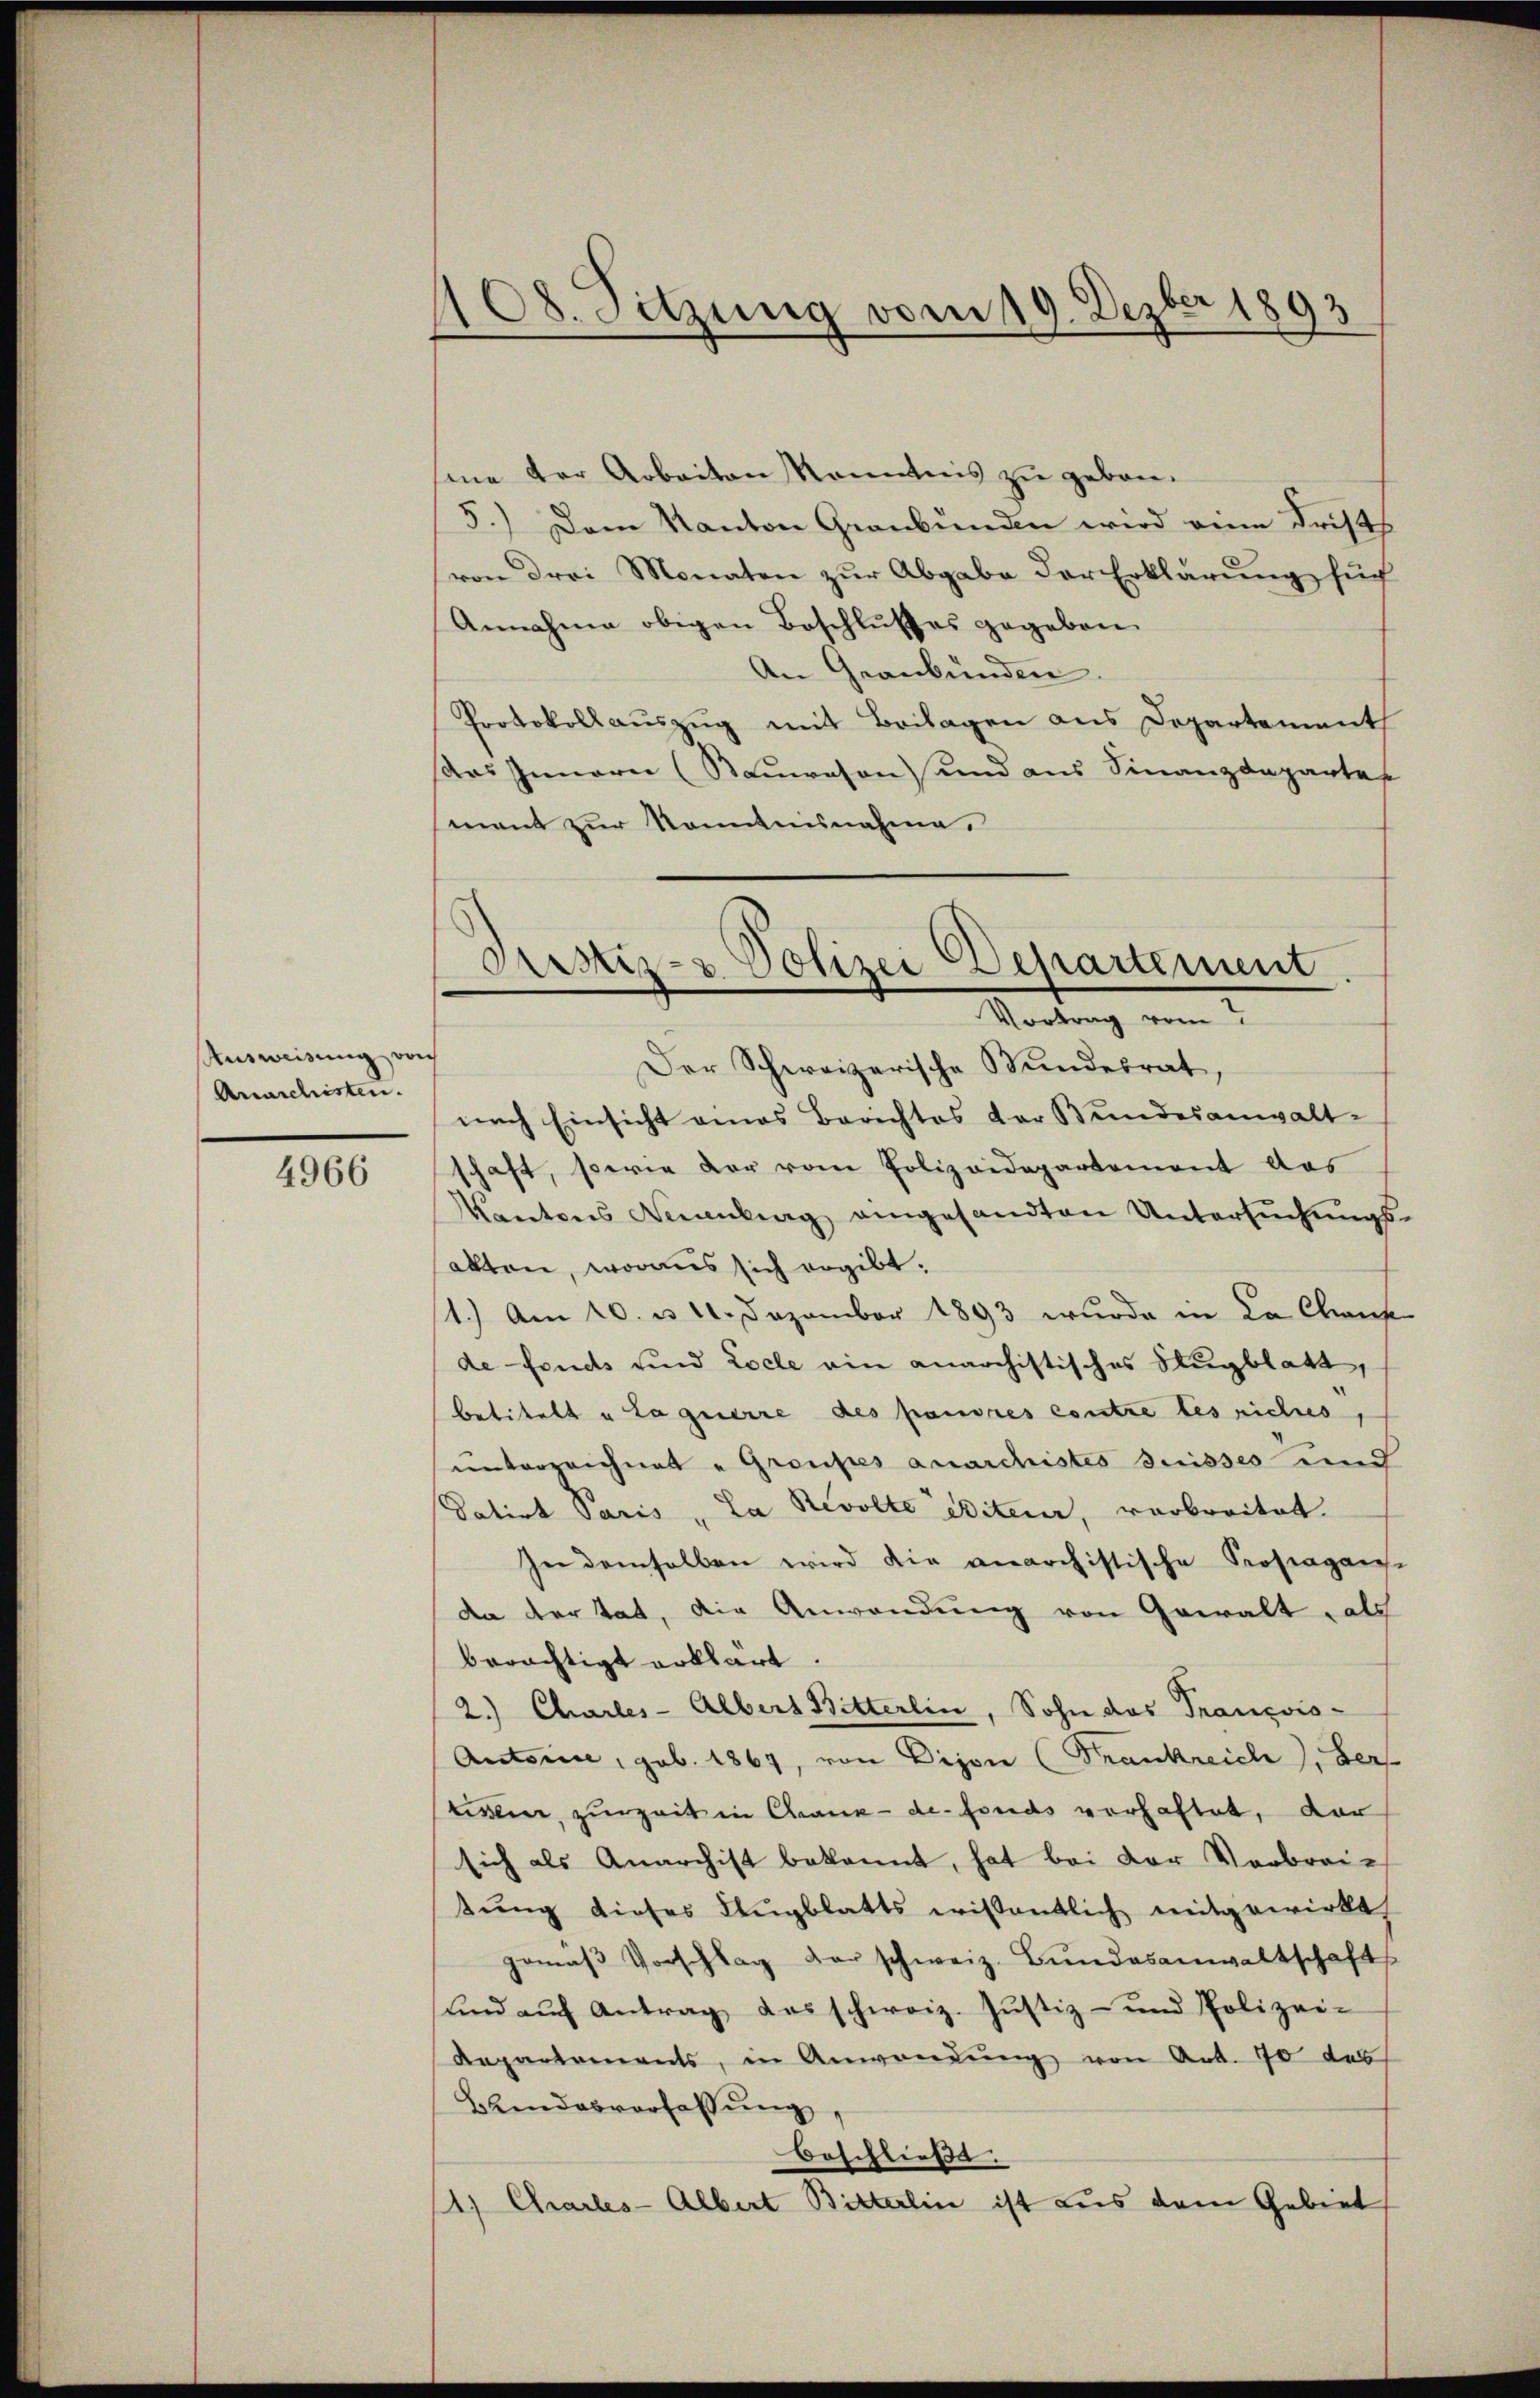
Ausweisung doch
Anarchisten.

4966

108. Sitzung vom 19. Dezber 1893

me der Arbeiten Kenntnis zu geben.
5.) Dem Kanton Graubünden wird eine Frists
von drei Monaten zur Abgabe der Erklärung such
Annahme obigen Beschlußes gegeben
An Graubünden.
Protokollauszug mit Beilagen aus Departement
as Innerei (Sauwesen und aus Finanzdepartes
ment zur Kenntnisnahme.
Der Schweizerische Bundesrat
nach Einsicht eines Berichtes der Bundesanwalt-
schaft, sowie der vom Polizeidepartement das
Kantons Beantrag angesandten Untersŭchŭngs-
akten, woraus sich ergibt.
1.) Am 10. d. 10. Dezember 1893 wurde in La Chris
de fonds und Locle ein anarchistisches Flugblatt,
betitelt u. Laguerre des fandres contre les nichtes,
ŭnterzeichnet u Groupes anarchistes suisses und
Datirt Paris „La Revolte eiterer, verbreitet.
In demselben wird die verarchistische Prosagan-
da der tat, die Anwendung von Gewalt, als
berächtigt erklärt.
2.) Charles-Albert Bitterlin, Sohn das Trançois-
Autorise, geb. 1867, von Dison (Frankreich, ders
tisen, zurzeit in Cranz-de-Fonds verhaftet, dar
sich als Anarchist bekannt, hat bei der Verbreitung dieses Flugblatts wissentlich mitgewirkt,
pomaβ Vorschlag der schweiz. Bŭndesanwaltschaft
ŭnd aŭf Antrag das schweiz. Jŭstiz- und Polizei-
Repartements, in Anwendŭng von Art. 70 des
Blindesverfassŭng,
beschließe.
1) Charles-Albert Bitterlin ist aus dem Gebiet

Justiz- & Polizei Departement.
Vortrag vom